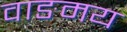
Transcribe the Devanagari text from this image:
वाङमय